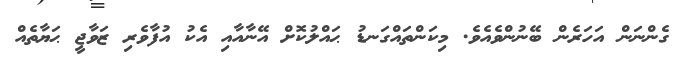
ގެންނަން އަހަރެން ބޭނުންވެއެވެ. މިކަންތައްގަނޑު ޙައްލުކޮށް އޭނާއާއި އެކު އުފާވެރި ޒަވާޖީ ޙަޔާތެއް